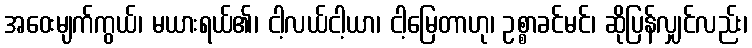
အဝေးမျက်ကွယ်၊ မယားရယ်၏၊ ငါ့လယ်ငါ့ယာ၊ ငါ့မြေတာဟု၊ ဥစ္စာခင်မင်၊ ဆိုပြန်လျှင်လည်း၊